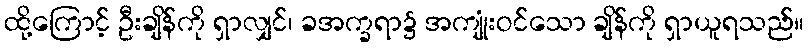
ထို့ကြောင့် ဦးချိန်ကို ရှာလျှင်၊ ခအက္ခရာ၌ အကျုံးဝင်သော ချိန်ကို ရှာယူရသည်။